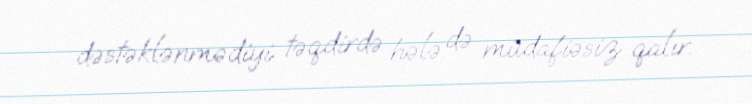
dəstəklənmədiyi təqdirdə hələ də müdafiəsiz qalır.